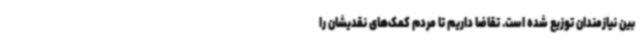
بین نیازمندان توزیع شده است. تقاضا داریم تا مردم کمک‌های نقدیشان را